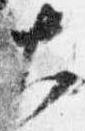
大